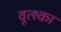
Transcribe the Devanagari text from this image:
वूत्श्का